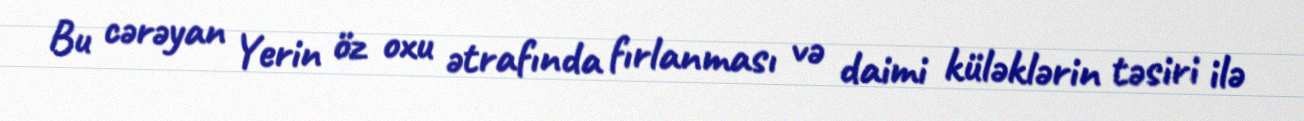
Bu cərəyan Yerin öz oxu ətrafında fırlanması və daimi küləklərin təsiri ilə